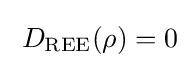
\;D_{\mathrm {REE} }(\rho )=0